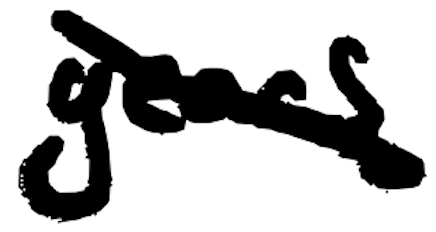
Text: years
Cross-out: diagonal
Writing tool: digital_black